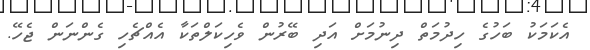
އެކަމަކު ބަހުގެ ހިދުމަތް ދިނުމަށް އަދި ބޭރުން ވެހިކަލްތަކާ އެއްޗެހި ގެންނަން ޖެހޭ.